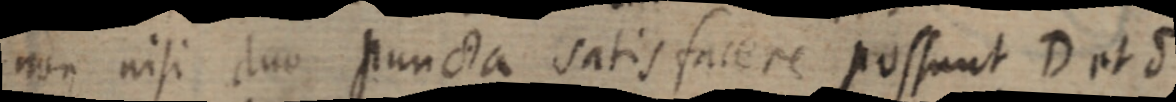
non nisi duo puncta satis facere possunt D et S